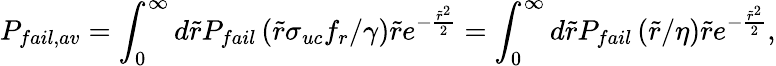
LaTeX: P_{fail,av}=\int_{0}^{\infty}d\tilde{r}P_{fail}\left(\tilde{r}\sigma_{uc}f_{r}/\gamma\right)\tilde{r}e^{-\frac{\tilde{r}^{2}}{2}}=\int_{0}^{\infty}d\tilde{r}P_{fail}\left(\tilde{r}/\eta\right)\tilde{r}e^{-\frac{\tilde{r}^{2}}{2}},